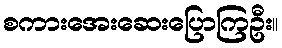
စကားအေးဆေးပြောကြဦး။